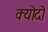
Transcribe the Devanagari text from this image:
क्योदो